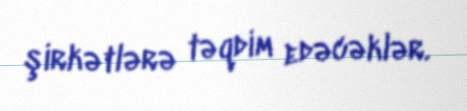
şirkətlərə təqdim edəcəklər.